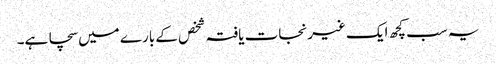
یہ سب کچھ ایک غیرنجات یافتہ شخص کے بارے میں سچا ہے۔